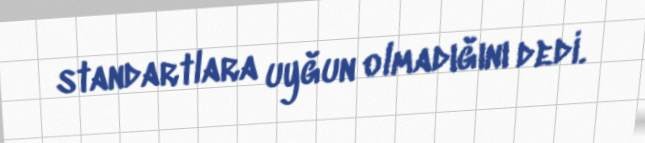
standartlara uyğun olmadığını dedi.